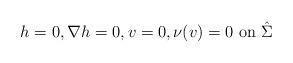
LaTeX: \begin{align*} h=0, \nabla h=0, v=0, \nu(v)=0\mbox{ on }\hat \Sigma\end{align*}